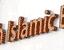
islamic